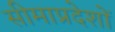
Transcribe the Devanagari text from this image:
सीमाप्रदेशों